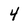
Character: 4